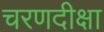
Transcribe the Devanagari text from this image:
चरणदीक्षा